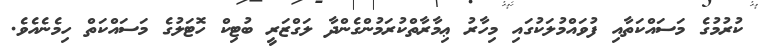
ކުރުމުގެ މަސައްކަތާއި ފުވައްމުލަކުގައި މިހާރު ޢިމާރާތްކުރަމުންގެންދާ ލަގްޒަރީ ބުޓިކް ހޮޓަލުގެ މަސައްކަތް ހިމެނެއެވެ.